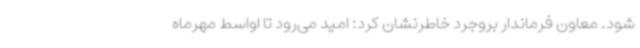
شود. معاون فرماندار بروجرد خاطرنشان کرد: امید می‌رود تا اواسط مهرماه